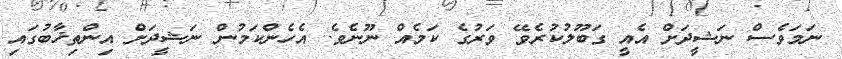
ނަމަވެސް ނަޝީދަށް އެއީ ގަބޫލުކުރެވޭ ވަރުގެ ކަމެއް ނޫނެވެ. އެހެންކަމުން ނަޝީދަށް އިންތިޚާބުގައި